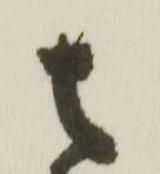
去